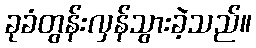
ခုခံတွန်းလှန်သွားခဲ့သည်။